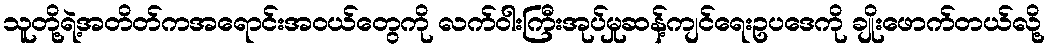
သူတို့ရဲ့အတိတ်ကအရောင်းအဝယ်တွေကို လက်ဝါးကြီးအုပ်မှုဆန့်ကျင်ရေးဥပဒေကို ချိုးဖောက်တယ်လို့